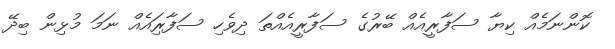
ކޮންނަމެއް ކިޔާ ސަފާރީއެއް ބޭރުގެ ސަފާރީއެއްތަ ދިވެހި ސަފާރަިއެއް ނަމަ މުޅިން ބިދޭ